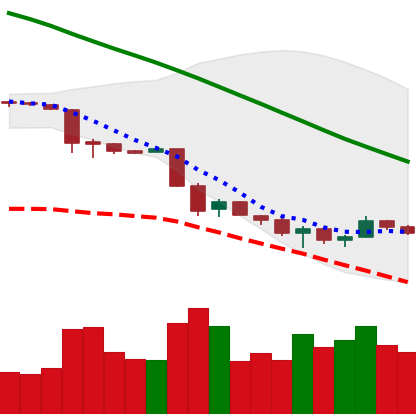
Ticker: ETH-USD
Chart end date: 2018-11-30
Forward return: -9.451%
Label: down_7plus